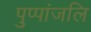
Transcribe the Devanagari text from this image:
पुप्पांजलि